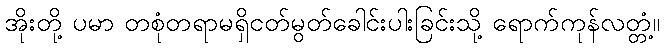
အိုးတို့ ပမာ တစုံတရာမရှိငတ်မွတ်ခေါင်းပါးခြင်းသို့ ရောက်ကုန်လတ္တံ့။